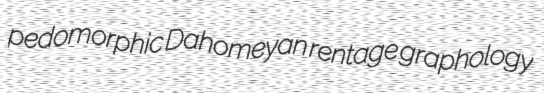
pedomorphic Dahomeyan rentage graphology